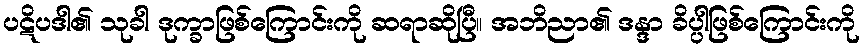
ပဋိပဒါ၏ သုခါ ဒုက္ခာဖြစ်ကြောင်းကို ဆရာဆိုပြီ။ အဘိညာ၏ ဒန္ဒာ ခိပ္ပါဖြစ်ကြောင်းကို